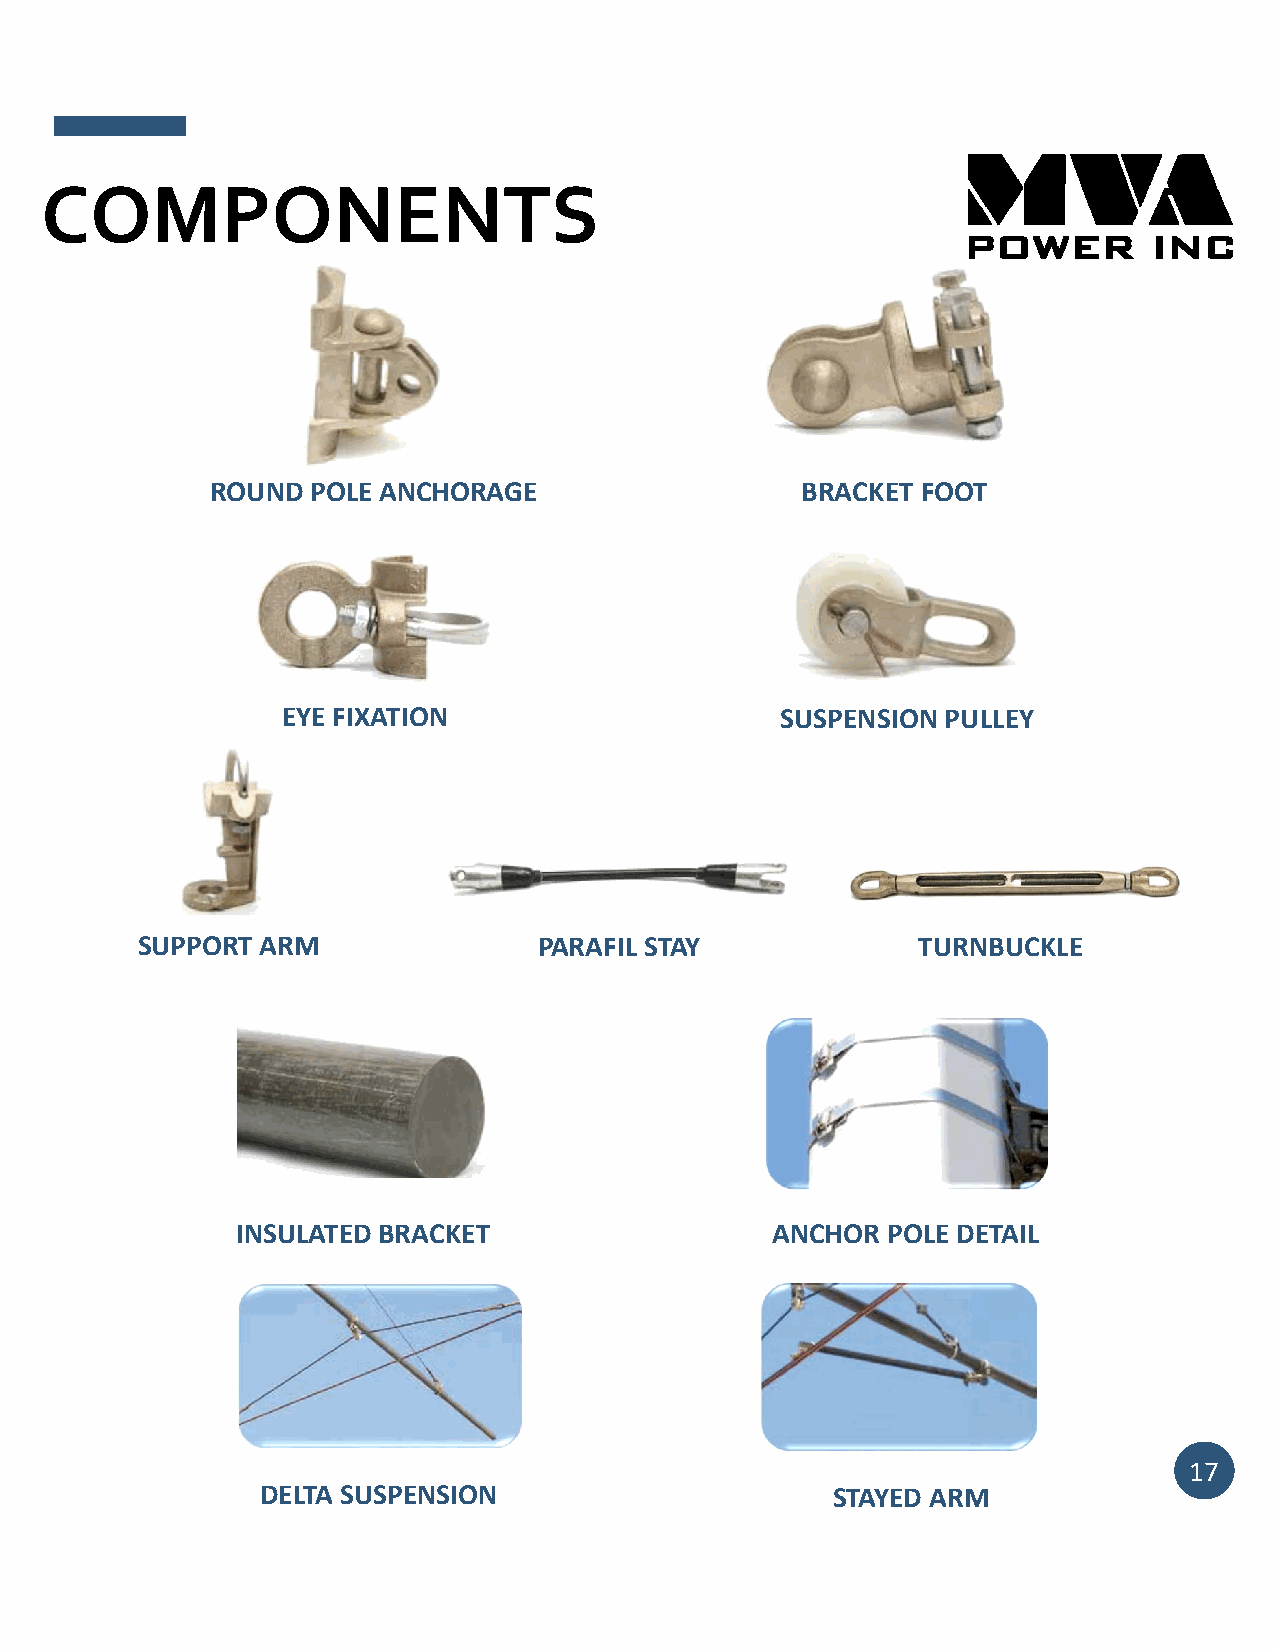
COMPONENTS
 ROUND  POLE ANCHORAGE                  BRACKET FOOT
 EYE FIXATION                     SUSPENSION PULLEY
 SUPPORT ARM                PARAFIL STAY             TURNBUCKLE
 INSULATED BRACKET                  ANCHOR  POLE DETAIL
 17
 DELTA SUSPENSION                      STAYED ARM